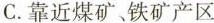
C.靠近煤矿、铁矿产区